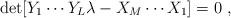
LaTeX: \begin{align*}\det[Y_{1}\cdots Y_L\lambda-X_{M}\cdots X_1]=0\ ,\end{align*}